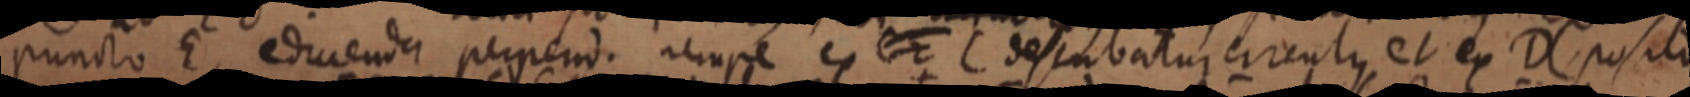
puncto E, eduenda perpend. nempe ex et C descubatur circulus et ex D posito